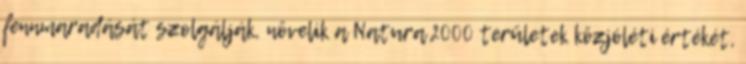
fennmaradását szolgálják, növelik a Natura 2000 területek közjóléti értékét,